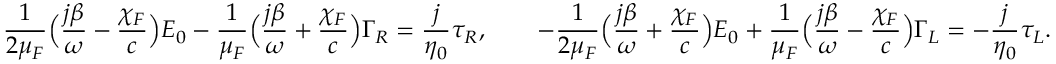
{ \frac { 1 } { 2 \mu _ { \/ F } } } \Big ( { \frac { j \beta } { \omega } } - { \frac { \chi _ { \/ F } } { c } } \Big ) E _ { 0 } - { \frac { 1 } { \mu _ { \/ F } } } \Big ( { \frac { j \beta } { \omega } } + { \frac { \chi _ { \/ F } } { c } } \Big ) \Gamma _ { \/ R } = { \frac { j } { \eta _ { 0 } } } \tau _ { \/ R } , \qquad - { \frac { 1 } { 2 \mu _ { \/ F } } } \Big ( { \frac { j \beta } { \omega } } + { \frac { \chi _ { \/ F } } { c } } \Big ) E _ { 0 } + { \frac { 1 } { \mu _ { \/ F } } } \Big ( { \frac { j \beta } { \omega } } - { \frac { \chi _ { \/ F } } { c } } \Big ) \Gamma _ { \/ L } = - { \frac { j } { \eta _ { 0 } } } \tau _ { \/ L } .